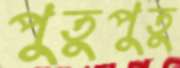
পুতুপুতু